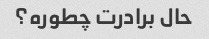
حال برادرت چطوره؟